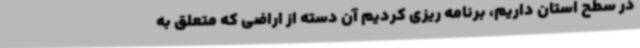
در سطح استان داریم، برنامه ریزی کردیم آن دسته از اراضی که متعلق به